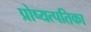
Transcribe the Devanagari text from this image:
प्रोष्यत्पतिका